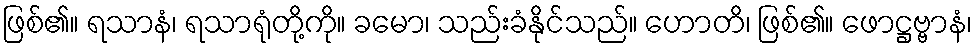
ဖြစ်၏။ ရသာနံ၊ ရသာရုံတို့ကို။ ခမော၊ သည်းခံနိုင်သည်။ ဟောတိ၊ ဖြစ်၏။ ဖောဋ္ဌဗ္ဗာနံ၊